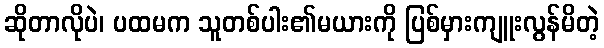
ဆိုတာလိုပဲ၊ ပထမက သူတစ်ပါး၏မယားကို ပြစ်မှားကျူးလွန်မိတဲ့